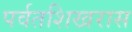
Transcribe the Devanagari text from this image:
पर्वतशिखरास